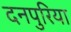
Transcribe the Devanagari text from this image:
दनपुरिया